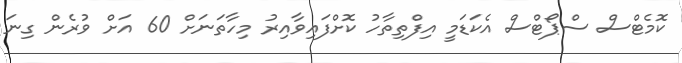
ކޮމެޓްސް ސްޕޯޓްސް އެކަޑަމީ އިފްތިތާހު ކޮށްފައިވާއިރު މިހާތަނަށް 60 އަށް ވުރެން ގިނަ